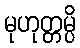
မုဟုတ္တမ္ပိ